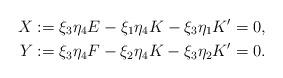
LaTeX: \begin{align*}X &:= \xi_3 \eta_4 E - \xi_1 \eta_4 K - \xi_3 \eta_1 K' = 0,\\Y &:= \xi_3\eta_4 F - \xi_2 \eta_4 K - \xi_3 \eta_2 K' = 0.\end{align*}